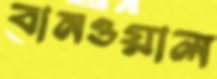
বানওয়াল